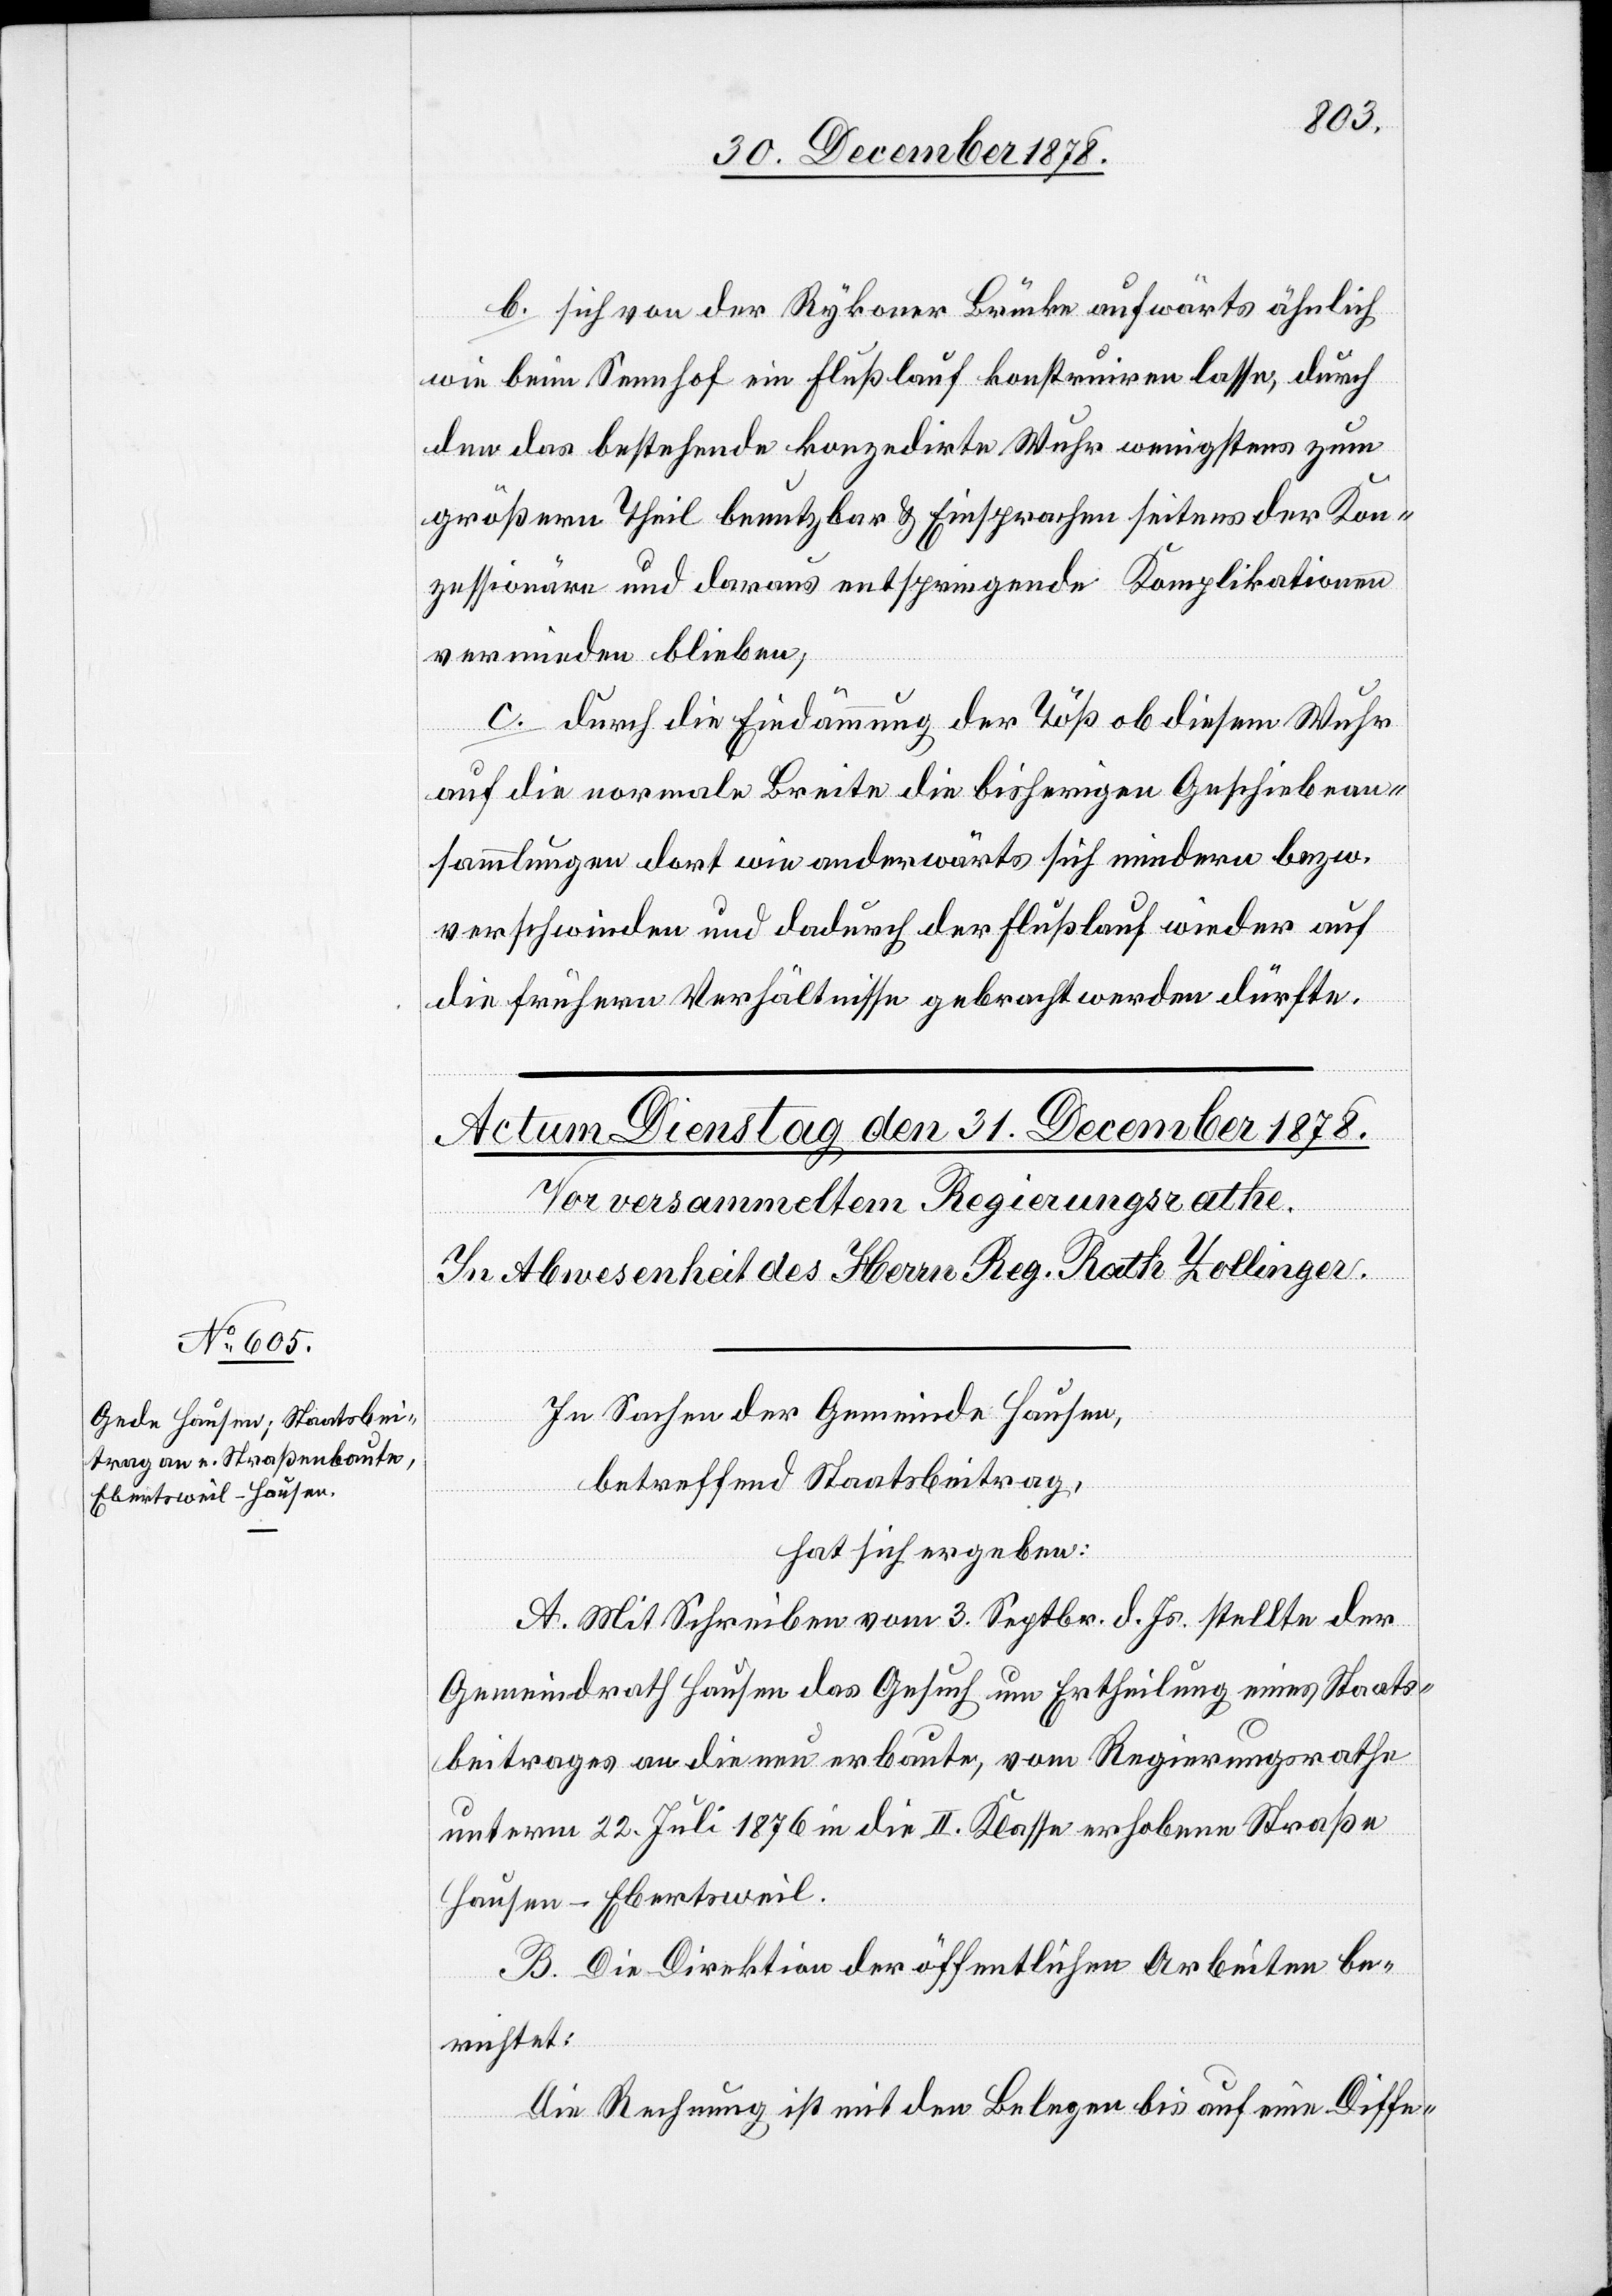
b. sich von der Rykoner Brücke aufwärts ähnlich
wie beim Sennhof ein Flusslauf konstruiren lasse, durch
den das bestehende konzedirte Wuhr wenigstens zum
größern Theil benutzbar & Einsprachen seitens der Kon¬
zessionäre und daraus entspringende Komplikationen
vermieden bleiben,
c. durch die Eindämmung der Töß ob diesem Wuhr
auf die normale Breite die bisherigen Geschiebean¬
sammlungen dort wie anderwärts sich mindern bezw.
verschwinden und dadurch der Flußlauf wieder auf
die frühern Verhältnisse gebracht werden dürfte.
In Sachen der Gemeinde Hausen,
betreffend Staatsbeitrag,
hat sich ergeben:
A. Mit Schreiben vom 3. Septbr. d. Js. stellte der
Gemeindrath Hausen das Gesuch um Ertheilung eines Staats¬
beitrages an die neu erbaute, vom Regierungsrathe
unterm 22. Juli 1876 in die II. Klasse erhobene Straße
Hausen–Ebertsweil.
B. Die Direktion der öffentlichen Arbeiten be¬
richtet:
Die Rechnung ist mit den Belegen bis auf eine Diffe-